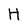
Character: H